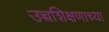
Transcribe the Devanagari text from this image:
उच्चशिक्षणाच्या